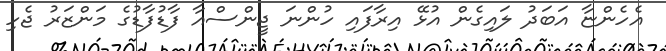
އެހެންޏާ އަބަދު ލައިގެން އުޅޭ އިރާފައި ހުންނަ ޖީންސްއާ ފާޑުފާޑުގެ މަންޒަރު ޖެހި